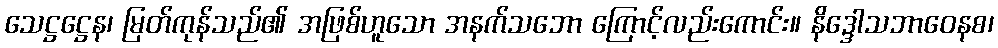
သေဋ္ဌဋ္ဌေန၊ မြတ်ကုန်သည်၏ အဖြစ်ဟူသော အနက်သဘော ကြောင့်လည်းကောင်း။ နိဒ္ဒေါသဘာဝေနစ၊